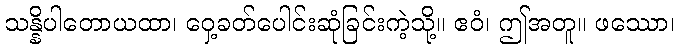
သန္နိပါတောယထာ၊ ဝှေ့ခတ်ပေါင်းဆုံခြင်းကဲ့သို့။ ဧဝံ၊ ဤအတူ။ ဖဿော၊